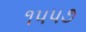
૧૫૫૭